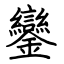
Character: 鑾